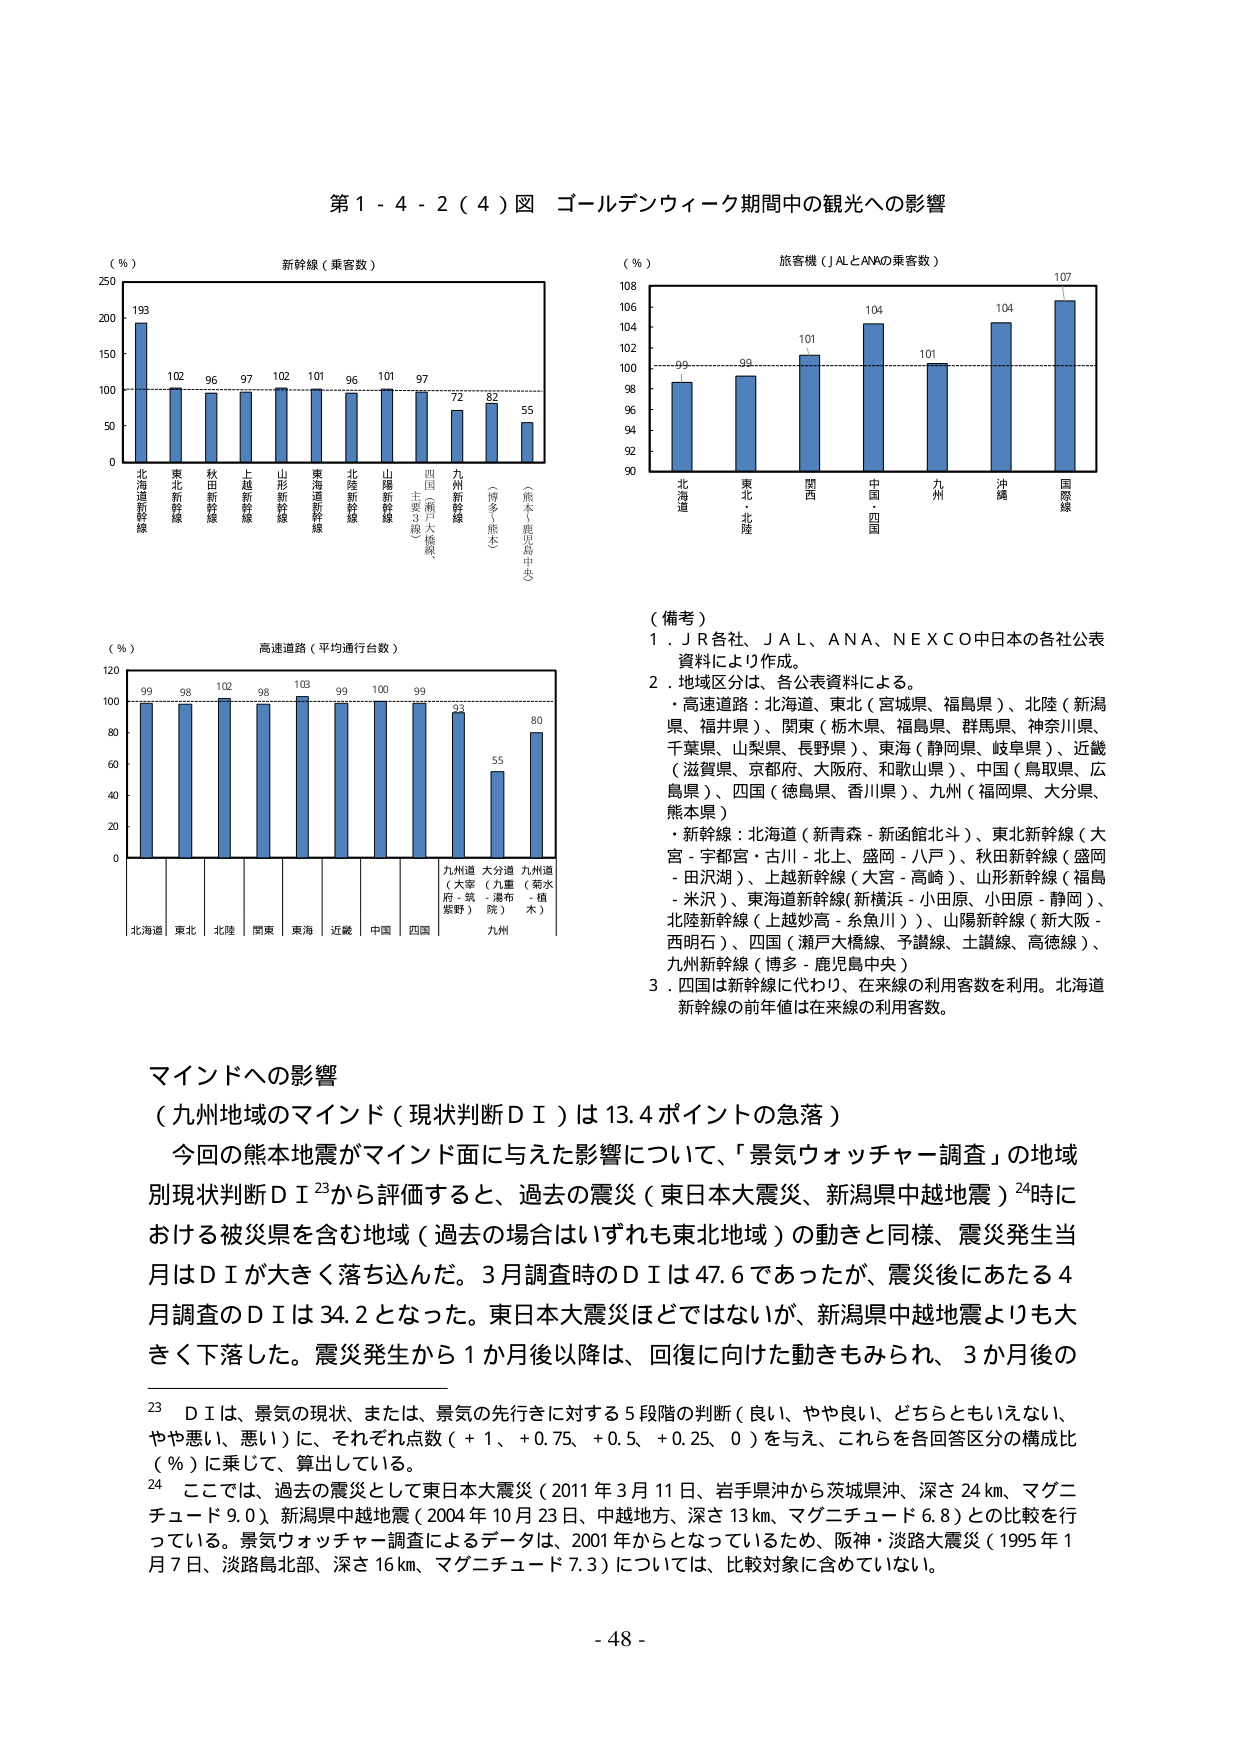
第１－４－２（４）図 ゴールデンウィーク期間中の観光への影響

（％）
新幹線（乗客数）
250
200
150
100
50
0
北海道新幹線
東北新幹線
秋田新幹線
上越新幹線
山形新幹線
東海道新幹線
北陸新幹線
山陽新幹線
四国（瀬戸大橋線、主要3線）
九州新幹線
（博多・熊本）
（熊本・鹿児島中央）
193
102
96
97
102
101
96
101
97
72
82
55

（％）
旅客機（ＪＡＬとＡＮＡの乗客数）
108
106
104
102
100
98
96
94
92
90
北海道
東北・北陸
関西
中国・四国
九州
沖縄
国際線
99
98
101
104
101
104
107

（％）
高速道路（平均通行台数）
120
100
80
60
40
20
0
北海道
東北
北陸
関東
東海
近畿
中国
四国
九州
99
98
102
98
103
99
100
99
93
55
80
九州道（大宰府・筑紫野）
大分道（九重・湯布院）
九州道（菊水・植木）

（備考）
１．ＪＲ各社、ＪＡＬ、ＡＮＡ、ＮＥＸＣＯ中日本の各社公表資料により作成。
２．地域区分は、各公表資料による。
・高速道路：北海道（宮城県、福島県）、北陸（新潟県、福井県）、関東（栃木県、福島県、群馬県、神奈川県、千葉県、山梨県、長野県）、東海（静岡県、岐阜県）、近畿（滋賀県、京都府、大阪府、和歌山県）、中国（鳥取県、広島県）、四国（徳島県、香川県）、九州（福岡県、大分県、熊本県）
・新幹線：北海道（新青森－新函館北斗）、東北新幹線（大宮－宇都宮・古川－北上、盛岡－八戸）、秋田新幹線（盛岡－田沢湖）、上越新幹線（大宮－高崎）、山形新幹線（福島－米沢）、東海道新幹線（新横浜－小田原、小田原－静岡）、北陸新幹線（上越妙高－糸魚川）、山陽新幹線（新大阪－西明石）、四国（瀬戸大橋線、予讃線、土讃線、高徳線）、九州新幹線（博多－鹿児島中央）
３．四国は新幹線に代わり、在来線の利用客数を利用。北海道新幹線の前年値は在来線の利用客数。

マインドへの影響
（九州地域のマインド（現状判断ＤＩ）は13.4ポイントの急落）
今回の熊本地震がマインド面に与えた影響について、「景気ウォッチャー調査」の地域別現状判断ＤＩ23から評価すると、過去の震災（東日本大震災、新潟県中越地震）24時における被災県を含む地域（過去の場合はいずれも東北地域）の動きと同様、震災発生当月はＤＩが大きく落ち込んだ。3月調査時のＤＩは47.6であったが、震災後にあたる4月調査のＤＩは34.2となった。東日本大震災ほどではないが、新潟県中越地震よりも大きく下落した。震災発生から1か月後以降は、回復に向けた動きもみられ、3か月後の

23 ＤＩは、景気の現状、または、景気の先行きに対する5段階の判断（良い、やや良い、どちらともいえない、やや悪い、悪い）に、それぞれ点数（＋1、＋0.75、＋0.5、＋0.25、0）を与え、これらを各回答区分の構成比（％）に乗じて、算出している。
24 ここでは、過去の震災として東日本大震災（2011年3月11日、岩手県沖から茨城県沖、深さ24km、マグニチュード9.0）、新潟県中越地震（2004年10月23日、中越地方、深さ13km、マグニチュード6.8）との比較を行っている。景気ウォッチャー調査によるデータは、2001年からとなっているため、阪神・淡路大震災（1995年1月7日、淡路島北部、深さ16km、マグニチュード7.3）については、比較対象に含めていない。

- 48 -